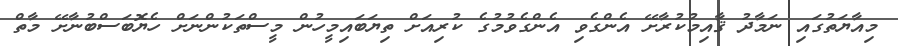
މިއާޔަތުގައި ނަމާދު ޤާއިމުކުރާށޭ އެންގެވި އެންގެވުމުގެ ކުރިއަށް ތިޔަބައިމީހުން މީސްތަކުންނަށް ހެޔޮބަސްބުނާށޭ މާތް